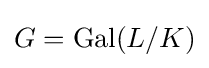
G={\text{Gal}}(L/K)